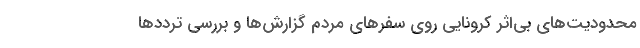
محدودیت‌های بی‌اثر کرونایی روی سفرهای مردم گزارش‌ها و بررسی ترددها